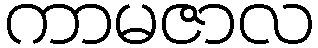
ကာမဇာလ